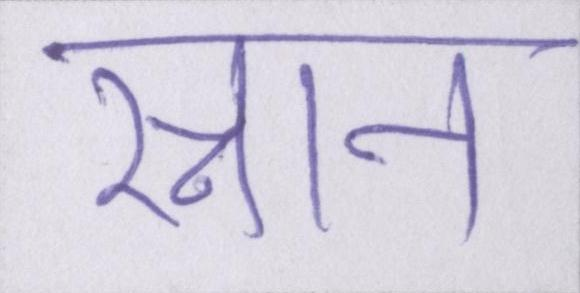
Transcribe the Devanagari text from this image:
स्नान